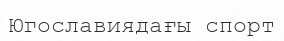
Югославиядағы спорт